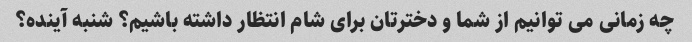
چه زمانی می توانیم از شما و دخترتان برای شام انتظار داشته باشیم؟ شنبه آینده؟